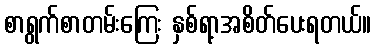
စာရွက်စာတမ်းကြေး နှစ်ရာ့အစိတ်ပေးရတယ်။